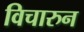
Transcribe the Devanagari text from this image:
विचारुन